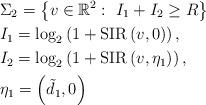
LaTeX: \begin{align*}&\mathrm{\Sigma}_2= \left\lbrace v \in \mathbb{R}^2:~I_1+I_2 \geq R \right\rbrace\\&I_1=\log_2\left(1+\mathrm{SIR}\left(v,0\right)\right),\\&I_2=\log_2\left(1+\mathrm{SIR}\left(v,\eta_1\right)\right),\\&\eta_1=\left(\tilde{d}_1,0\right)\end{align*}